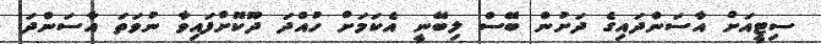
ސިޓީއަށް އާސަންދައިގެ ދަށުން ބޭސް ލިބޭނީ އެކަމަށް ހުއްދަ ދޫކޮށްފައިވާ ނުވަތަ އާސަންދަ